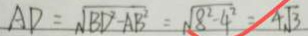
A D = \sqrt { B D ^ { 2 } - A B ^ { 2 } } = \sqrt { 8 ^ { 2 } - 4 ^ { 2 } } = 4 \sqrt { 3 }